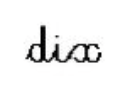
dix